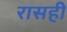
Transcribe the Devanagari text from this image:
रासही